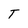
Character: T